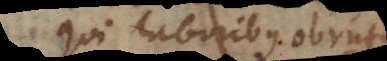
qui laboribus obruti